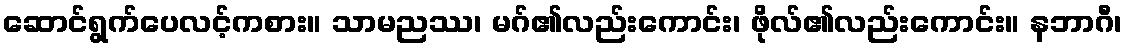
ဆောင်ရွက်ပေလင့်ကစား။ သာမညဿ၊ မဂ်၏လည်းကောင်း၊ ဖိုလ်၏လည်းကောင်း။ နဘာဂီ၊